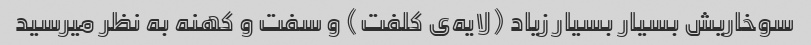
سوخاریش بسیار بسیار زیاد (لایه‌ی کلفت) و سفت و کهنه به نظر میرسید